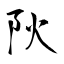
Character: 阦